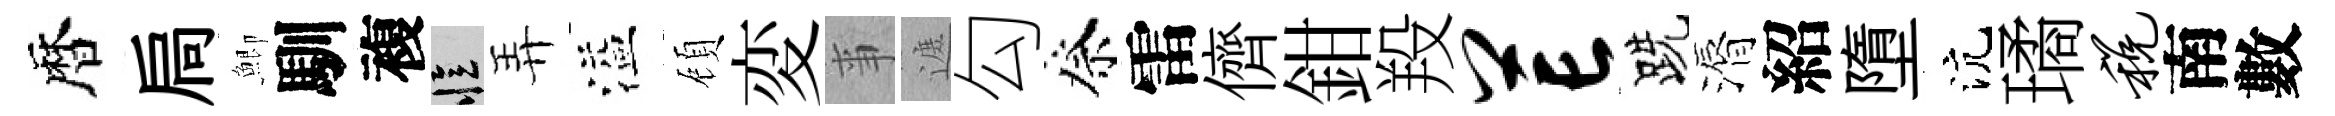
暦扃鯽馴複忆弄溢頋変亊遮勾祭雷儕鉗羖芒跣漘紹墮沆璚税南數